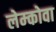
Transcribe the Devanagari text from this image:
लेम्कोवा